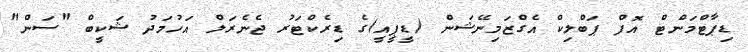
ޑިޕާޓްމަންޓް އޮފް ޕަބްލިކް އެގްޒަމިނޭޝަން (ޑީޕީއީ)ގެ ޑިރެކްޓަރު ޖެނެރަލް އަހުމަދު ޝަކީބް "ސަން"